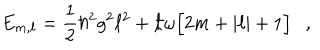
LaTeX: E _ { m , \ell } = \frac { 1 } { 2 } \hbar ^ { 2 } g ^ { 2 } \ell ^ { 2 } + \hbar \omega \Big [ 2 m + | \ell | + 1 \Big ] \ \ \ ,